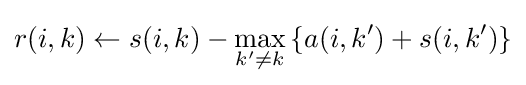
r(i,k)\gets s(i,k)-\max _{k'\neq k}{\left\{a(i,k')+s(i,k')\right\}}